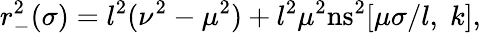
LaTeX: r_{-}^{2}(\sigma)=l^{2}(\nu^{2}-\mu^{2})+l^{2}\mu^{2}\mathrm{ns}^{2}[\mu\sigma/l,\; k],